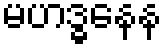
မဟဒ္ဓနေန